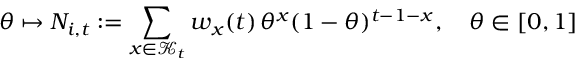
\theta \mapsto N _ { i , t } : = \sum _ { x \in \mathcal { K } _ { t } } w _ { x } ( t ) \, \theta ^ { x } ( 1 - \theta ) ^ { t - 1 - x } , \quad \theta \in [ 0 , 1 ]